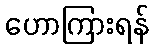
ဟောကြားရန်